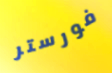
فورستر